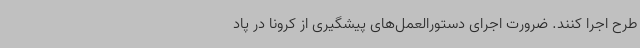
طرح اجرا کنند. ضرورت اجرای دستورالعمل‌های پیشگیری از کرونا در پاد